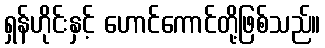
ရှန်ဟိုင်းနှင့် ဟောင်ကောင်တို့ဖြစ်သည်။